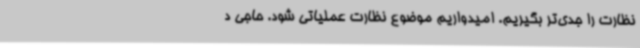
نظارت را جدی‌تر بگیریم. امیدواریم موضوع نظارت عملیاتی شود. حاجی د